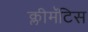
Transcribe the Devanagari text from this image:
क्लीमॅटिस